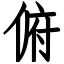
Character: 俯